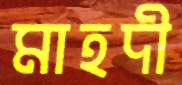
মাহদী